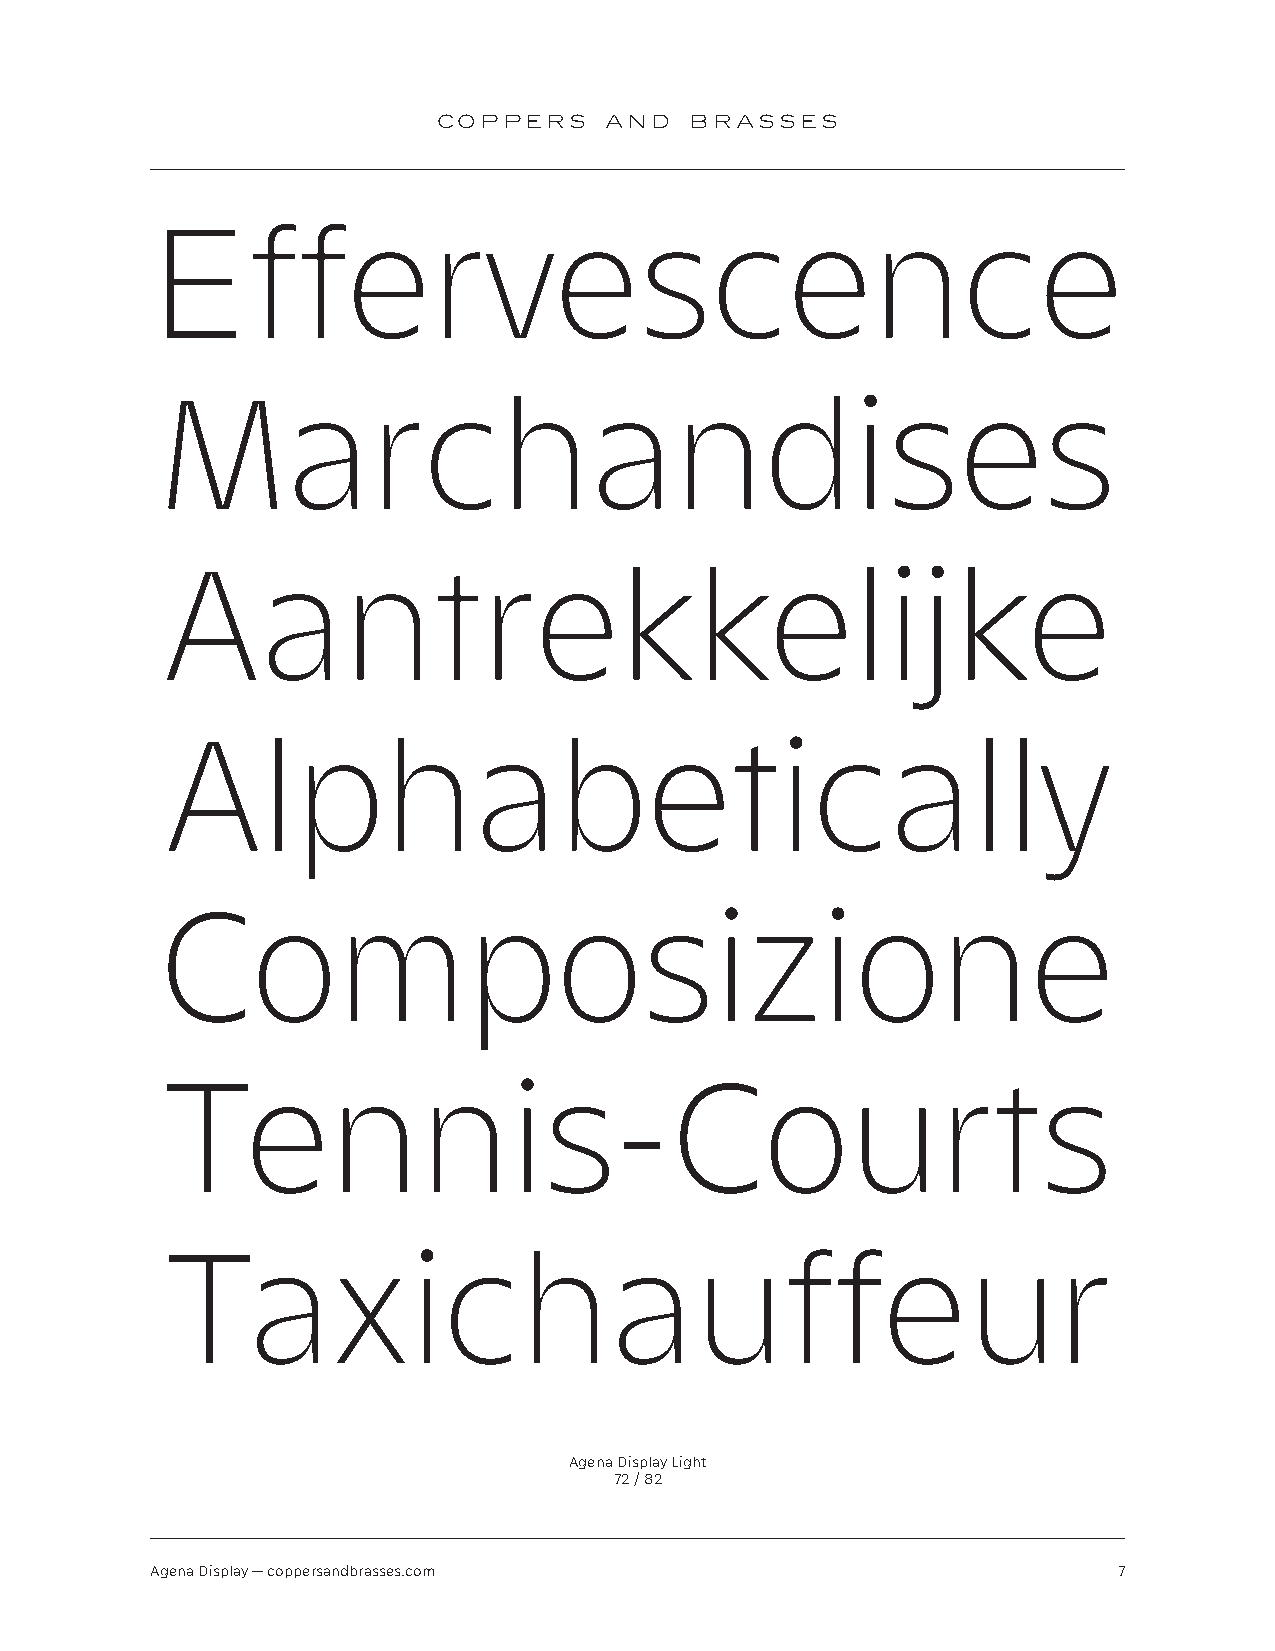
COPPERS    AND   BRASSES
 Effervescence
 Marchandises
 Aantrekkelijke
 Alphabetically
 Composizione
 Tennis-Courts
 Taxichauffeur
 Agena Display Light
 72 / 82
 Agena Display — coppersandbrasses.com                           7